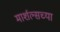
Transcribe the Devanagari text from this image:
मार्शल्सच्या